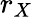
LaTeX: r_{X}